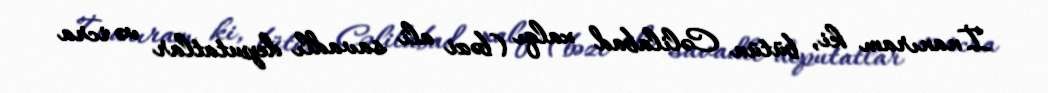
İnanıram ki, bütün Cəlilabad xalqı (bəzi ali savadlı deputatlar və icra